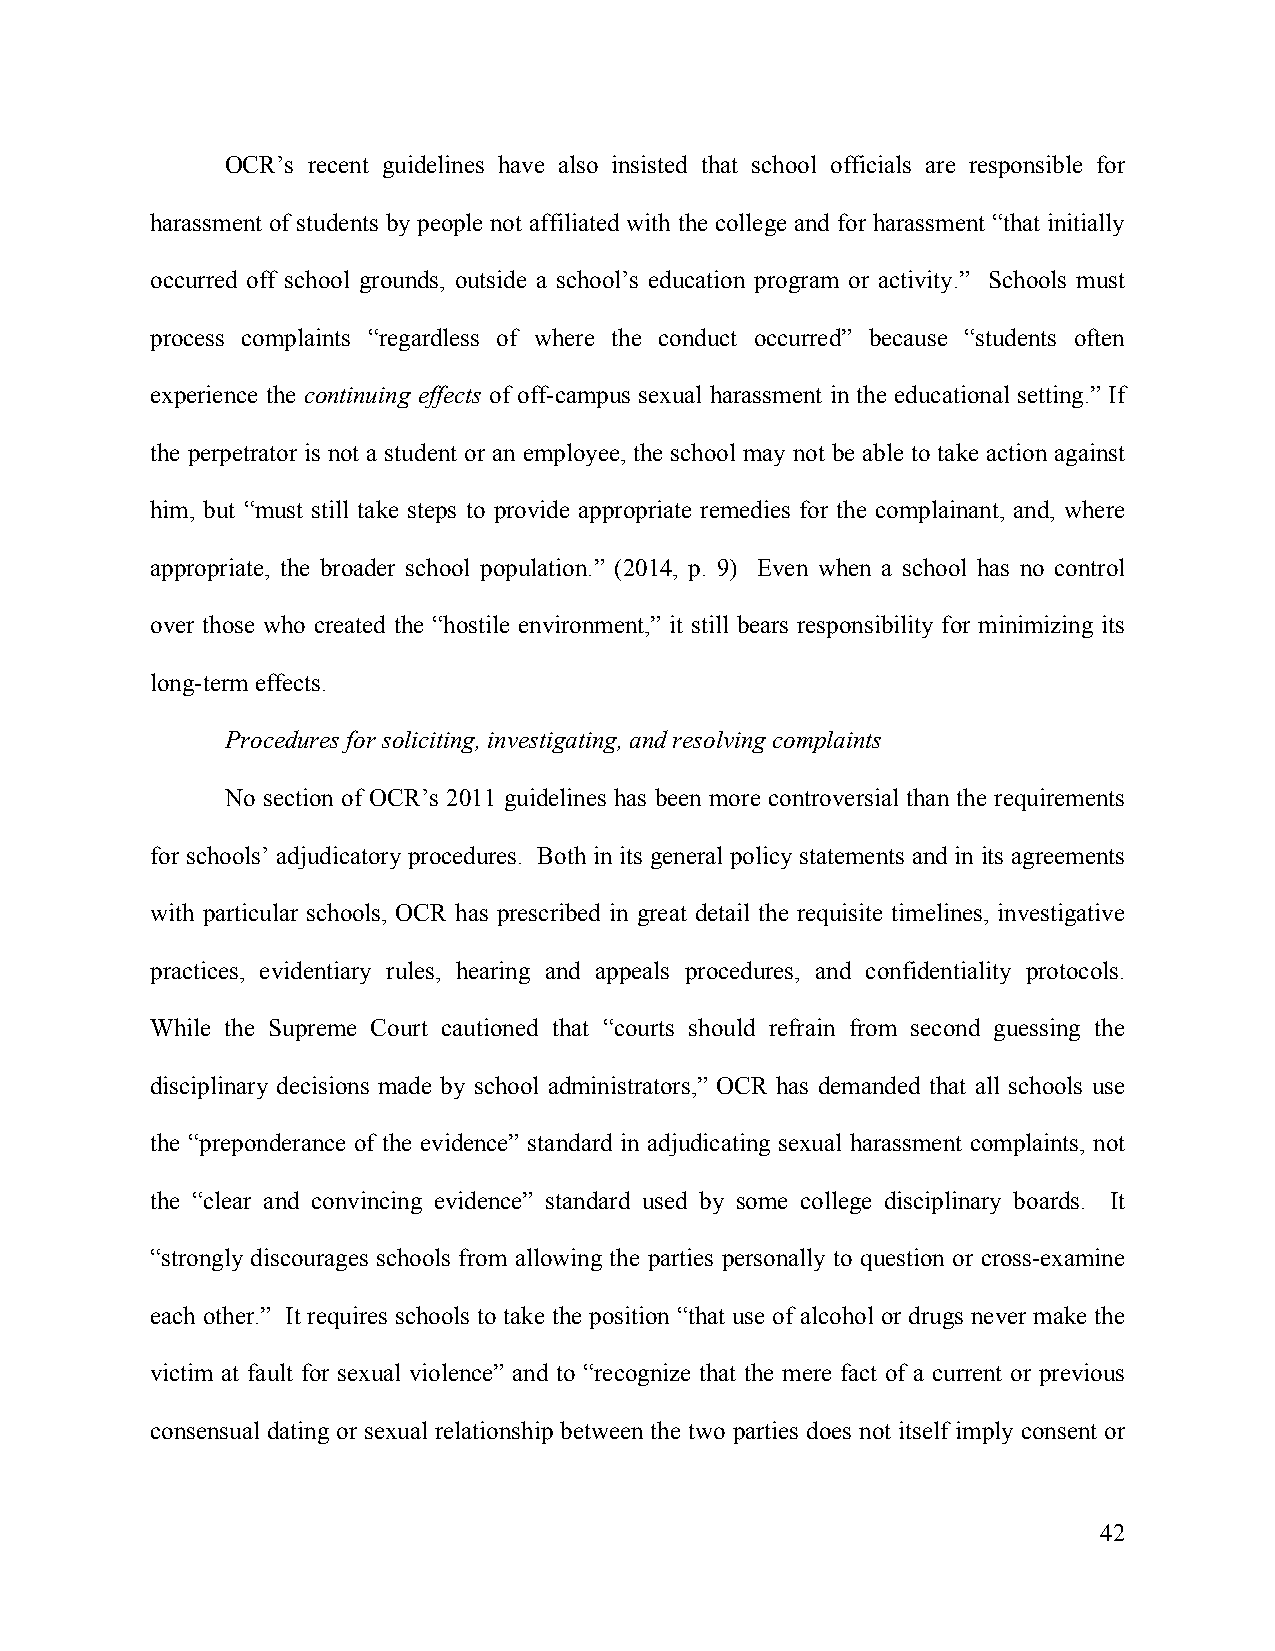
OCR’s recent guidelines have also insisted that school officials are responsible for
 harassment of students by people not affiliated with the college and for harassment “that initially
 occurred off school grounds, outside a school’s education program or activity.” Schools must
 process complaints “regardless of where the conduct occurred” because “students often
 experience the continuing effects of off-campus sexual harassment in the educational setting.” If
 the perpetrator is not a student or an employee, the school may not be able to take action against
 him, but “must still take steps to provide appropriate remedies for the complainant, and, where
 appropriate, the broader school population.” (2014, p. 9) Even when a school has no control
 over those who created the “hostile environment,” it still bears responsibility for minimizing its
 long-term effects.
 Procedures for soliciting, investigating, and resolving complaints
 No section of OCR’s 2011 guidelines has been more controversial than the requirements
 for schools’ adjudicatory procedures. Both in its general policy statements and in its agreements
 with particular schools, OCR has prescribed in great detail the requisite timelines, investigative
 practices, evidentiary rules, hearing and appeals procedures, and confidentiality protocols.
 While the Supreme Court cautioned that “courts should refrain from second guessing the
 disciplinary decisions made by school administrators,” OCR has demanded that all schools use
 the “preponderance of the evidence” standard in adjudicating sexual harassment complaints, not
 the “clear and convincing evidence” standard used by some college disciplinary boards. It
 “strongly discourages schools from allowing the parties personally to question or cross-examine
 each other.” It requires schools to take the position “that use of alcohol or drugs never make the
 victim at fault for sexual violence” and to “recognize that the mere fact of a current or previous
 consensual dating or sexual relationship between the two parties does not itself imply consent or
 42